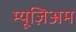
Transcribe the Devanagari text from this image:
म्यूज़िअम